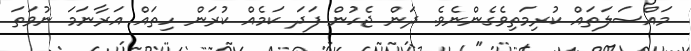
މައްސަލަތައް ކުރިމަތިވެގެންނެވެ. ދަން ޖެހުން ފަދަ ކަމެއް ކުރަން ހިތައް އަރާނަމަ ނުވަތަ